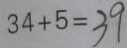
3 4 + 5 = 3 9